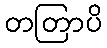
တတြာပိ